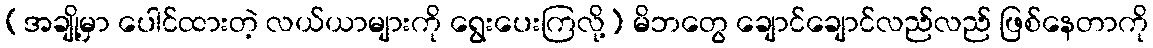
(အချို့မှာ ပေါင်ထားတဲ့ လယ်ယာများကို ရွေးပေးကြလို့) မိဘတွေ ချောင်ချောင်လည်လည် ဖြစ်နေတာကို